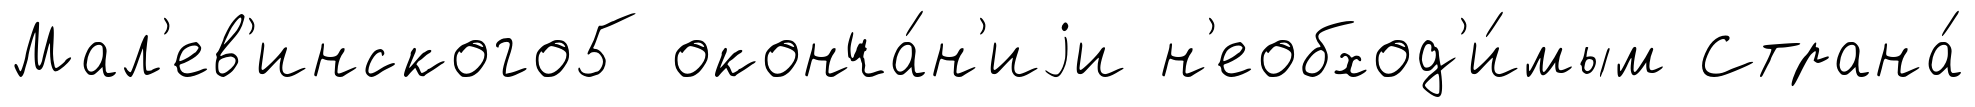
Мал'ев'инского5 оконча́н'иjи н'еобход'и́мым Страна́